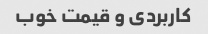
کاربردی و قیمت خوب